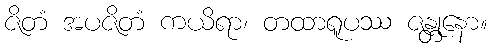
ဇိတံ အပဇိတံ ကယိရာ၊ တထာရူပဿ ဇန္တုနော။